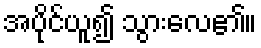
အပိုင်ယူ၍ သွားလေ၏။